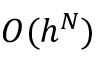
{ \cal { O } } ( h ^ { N } )